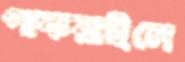
পাকরাইলে